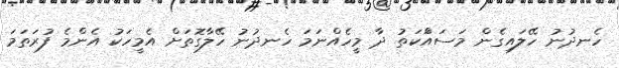
ހެނދުނު ހޭލައިގެން މަސައްަކަތު ދާ މީހެއްނަމަ ހެނދުނު ހޭލާގޮތަށް އެމީހަކު އެންމެ ފުރަތަމަ